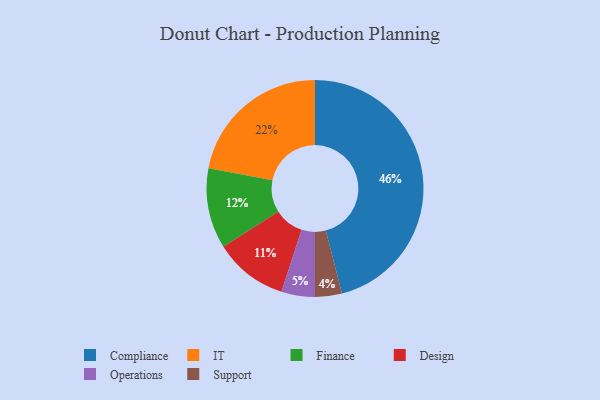
{"axis": {"x": "Category", "y": "Percentage"}, "legend": ["Compliance", "Design", "Finance", "IT", "Operations", "Support"], "data": [{"x": "Finance", "y": 12, "type": "Finance"}, {"x": "Support", "y": 4, "type": "Support"}, {"x": "IT", "y": 22, "type": "IT"}, {"x": "Compliance", "y": 46, "type": "Compliance"}, {"x": "Design", "y": 11, "type": "Design"}, {"x": "Operations", "y": 5, "type": "Operations"}]}